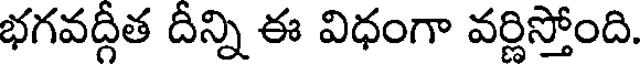
భగవద్గీత దీన్ని ఈ విధంగా వర్ణిస్తోంది.